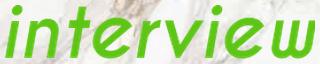
interview